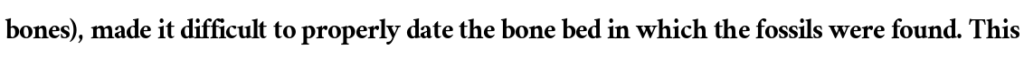
bones), made it difficult to properly date the bone bed in which the fossils were found. This